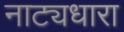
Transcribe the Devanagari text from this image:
नाट्यधारा